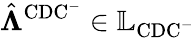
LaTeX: \hat{\boldsymbol{\Lambda}}^{\mathrm{CDC^{-}}}\in\mathbb{L}_{\mathrm{CDC^{-}}}